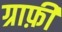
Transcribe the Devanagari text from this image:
ग्राफ़ी